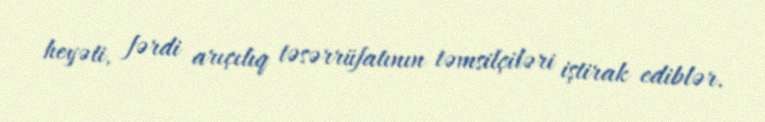
heyəti, fərdi arıçılıq təsərrüfatının təmsilçiləri iştirak ediblər.